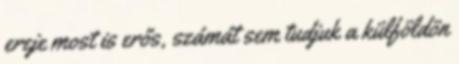
ereje most is erős, számát sem tudjuk a külföldön